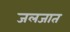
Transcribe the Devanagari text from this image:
जलजात